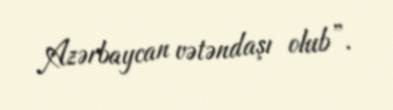
Azərbaycan vətəndaşı olub”.